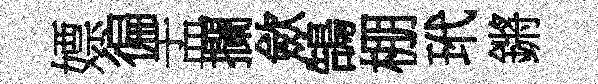
嫖徧盂攔歛鵠棚玳鏘